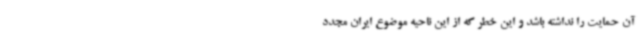
آن حمایت را نداشته باشد و این خطر که از این ناحیه موضوع ایران مجدد